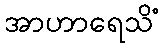
အာဟာရေသိံ